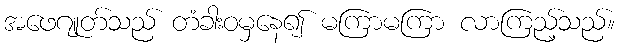
အဖေဂျုတ်သည် တံခါးဝမှနေ၍ မကြာမကြာ လာကြည့်သည်။